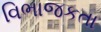
વિભાજકતા